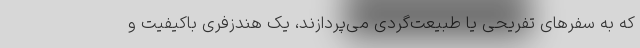
که به سفرهای تفریحی یا طبیعت‌گردی می‌پردازند، یک هندزفری باکیفیت و